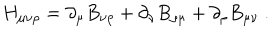
H _ { \mu \nu \rho } = \partial _ { \mu } B _ { \nu \rho } + \partial _ { \nu } B _ { \rho \mu } + \partial _ { \rho } B _ { \mu \nu } \ .